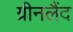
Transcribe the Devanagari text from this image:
ग्रीनलैंद